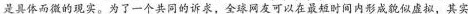
是具体而微的现实。为了一个共同的诉求，全球网友可以在最短时间内形成貌似虚拟，其实